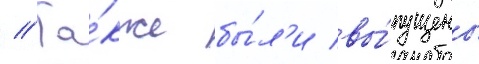
// Та́кже бы́л'и вы́пущены